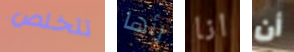
تتخلص رأها انا أن